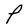
Character: P